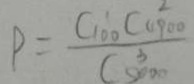
P = \frac { C _ { 1 0 0 } ^ { 1 } C _ { 4 9 0 0 } ^ { 2 } } { C _ { 5 0 0 0 } ^ { 3 } }